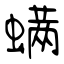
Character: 螨